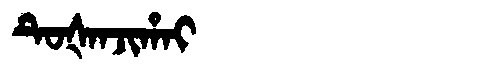
Manchu: ᡨᡠᡧᠠᠨᠵᡳᡥᠠᡳ
Romanization: TUŠANJIHAI